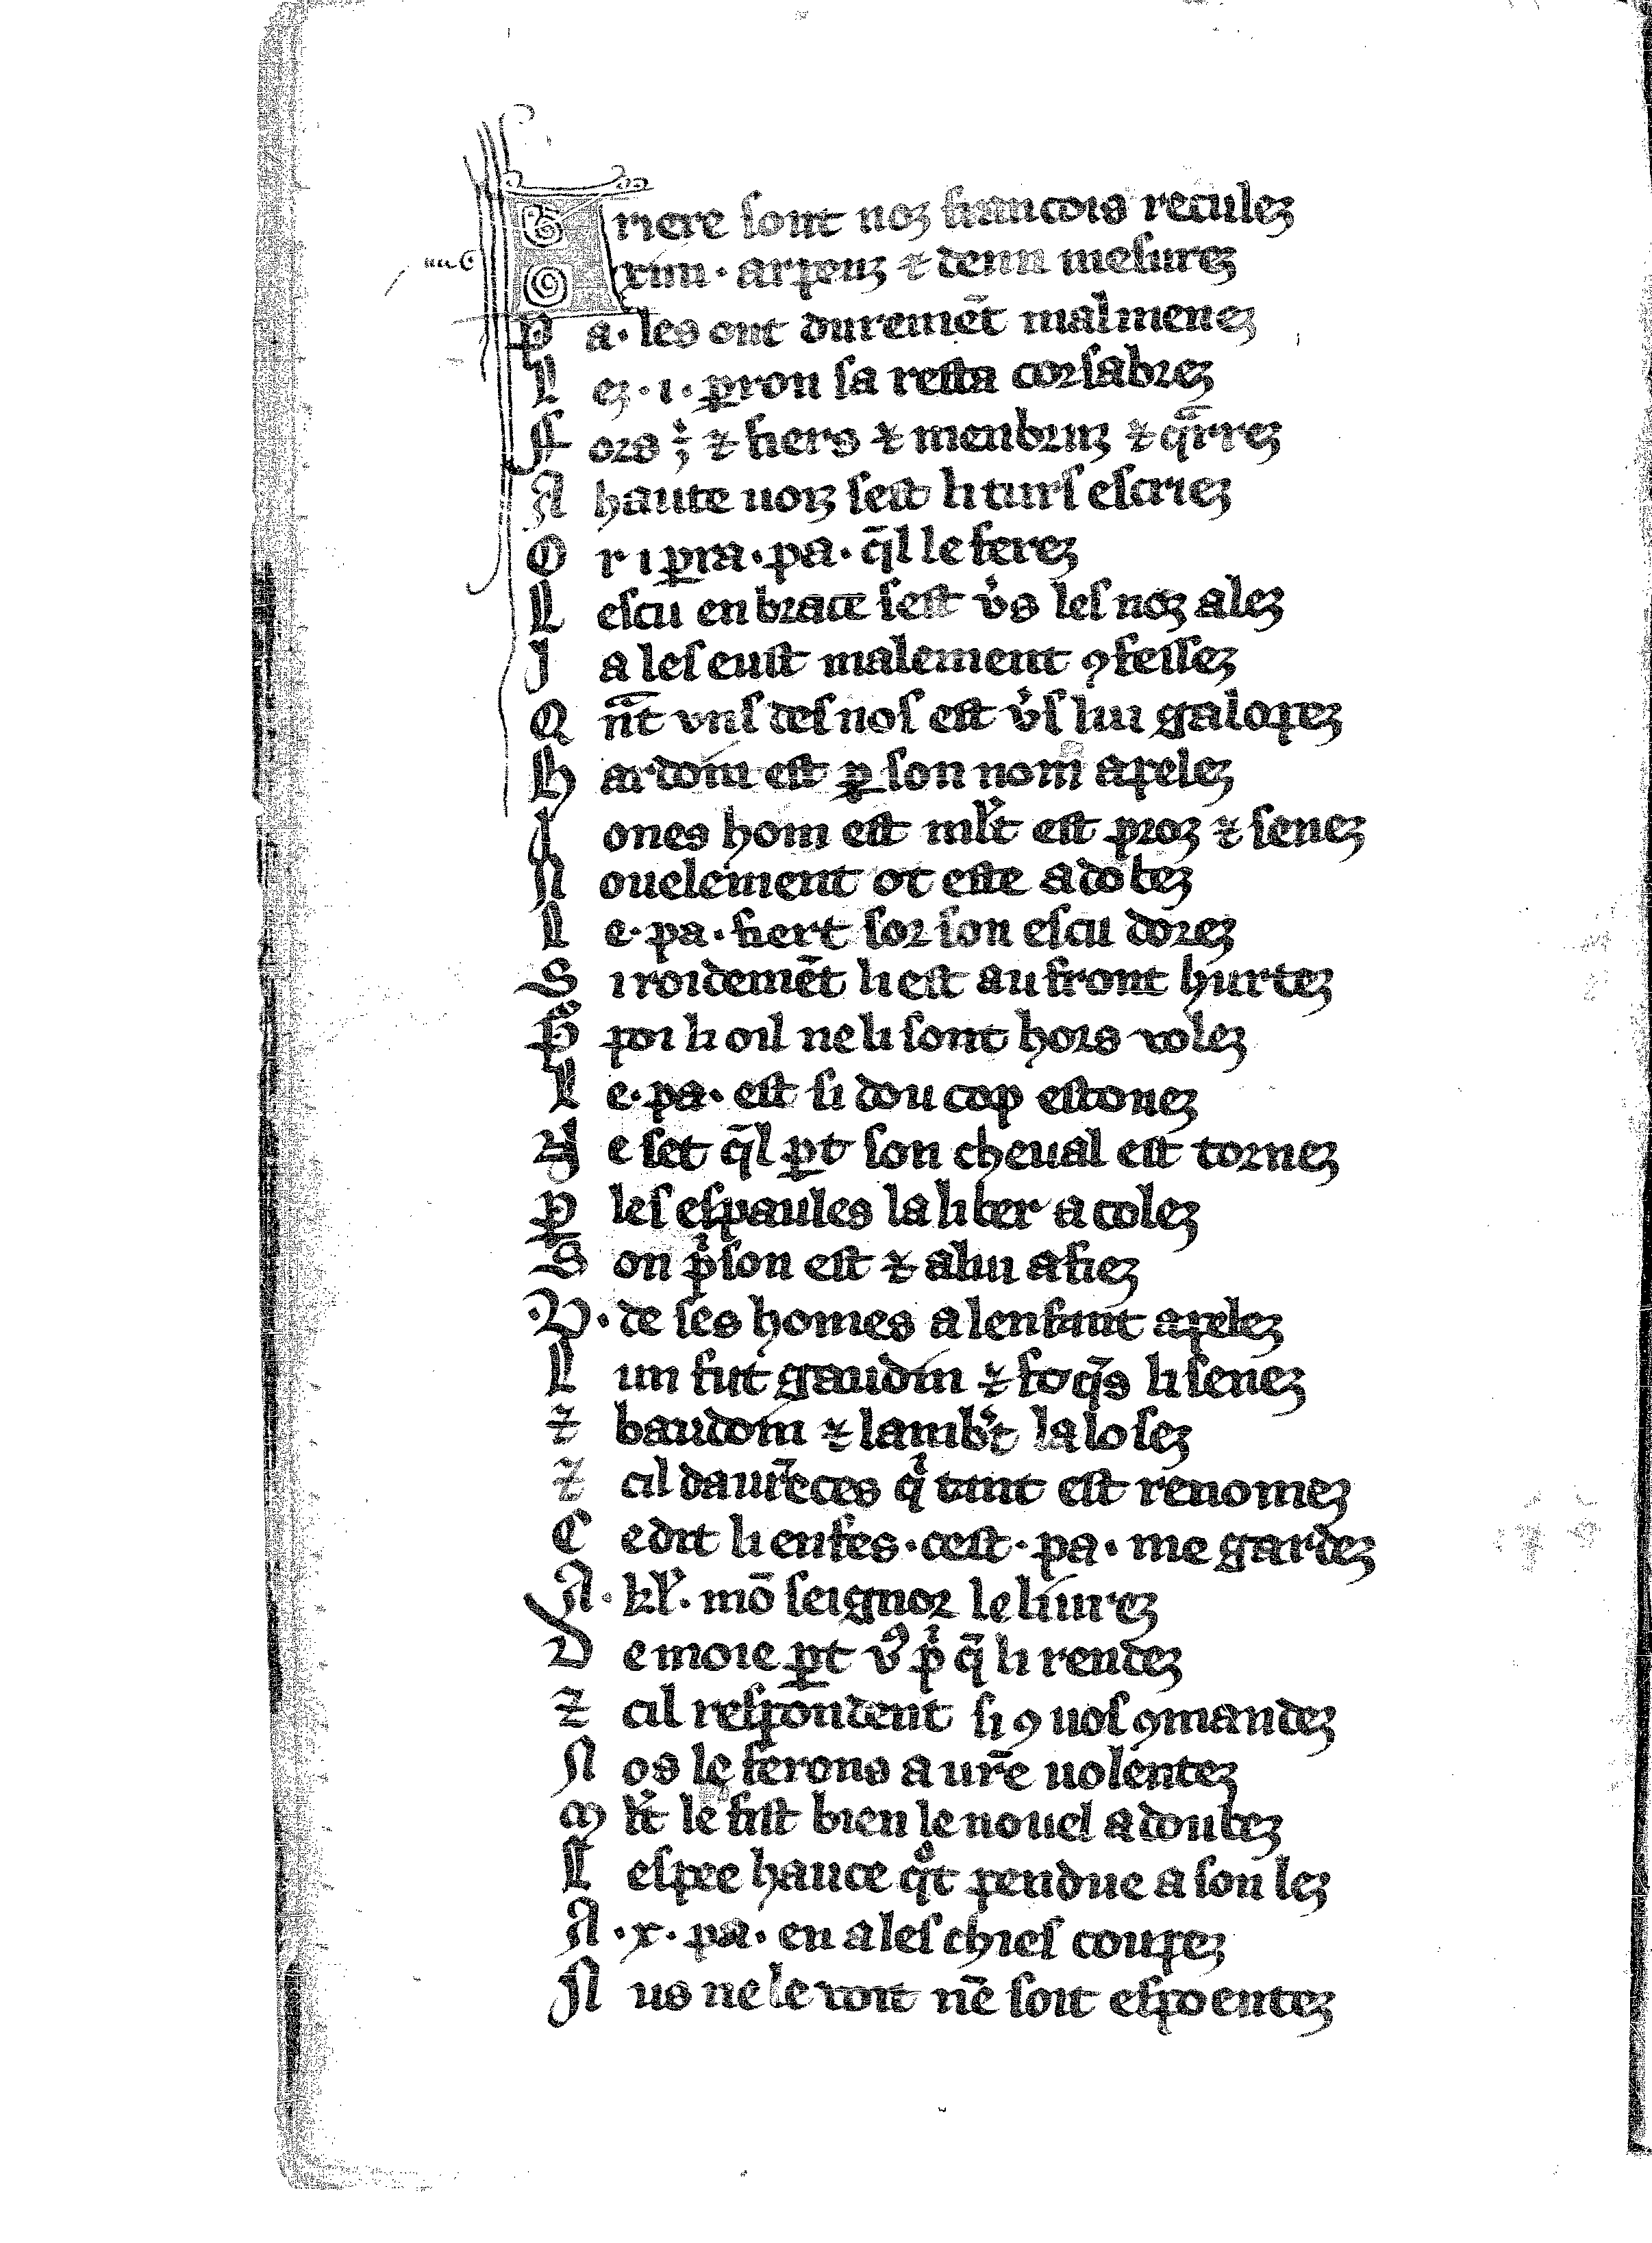
Shelfmark: Vatican, Biblioteca apostolica vaticana, Reg.lat. 1616
Century: 14